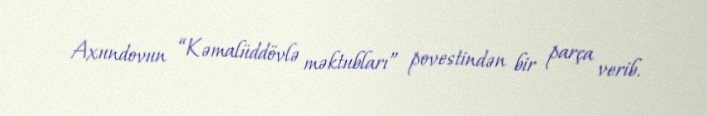
Axundovun “Kəmalüddövlə məktubları” povestindən bir parça verib.